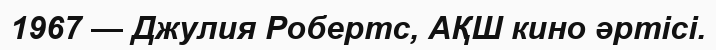
1967 — Джулия Робертс, АҚШ кино әртісі.